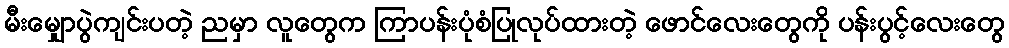
မီးမျှောပွဲကျင်းပတဲ့ ညမှာ လူတွေက ကြာပန်းပုံစံပြုလုပ်ထားတဲ့ ဖောင်လေးတွေကို ပန်းပွင့်လေးတွေ